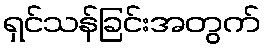
ရှင်သန်ခြင်းအတွက်